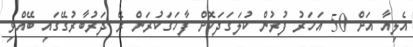
އެލިއާ އަށް 50 އަަހަރު ފުރުން ކުލަގަދަކޮށް ފާހަގަކުރަން ރޭ ދަރުބާރުގޭގައި ބޭއްވި